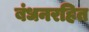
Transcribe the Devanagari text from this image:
बंधनरहित